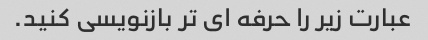
عبارت زیر را حرفه ای تر بازنویسی کنید.